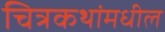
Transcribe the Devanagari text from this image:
चित्रकथांमधील